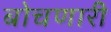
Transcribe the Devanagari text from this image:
बोचणारी